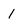
Character: l